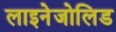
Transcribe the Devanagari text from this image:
लाइनेजोलिड